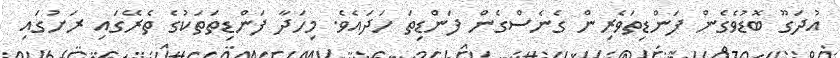
އުދަގޫ ބޮޑުވެގެން ފަންޑިތަވެރިން ގެނެސްގެން ފަންޑިތަ ހަދައެވެ. މިހަދާ ފަންޑިތަތަކުގެ ތެރޭގައި ރަށުގައި